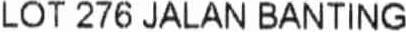
LOT 276 JALAN BANTING